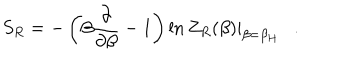
S _ { R } = - \left( \beta { \frac { \partial } { \partial \beta } } - 1 \right) \ln Z _ { R } ( \beta ) | _ { \beta = \beta _ { H } } .